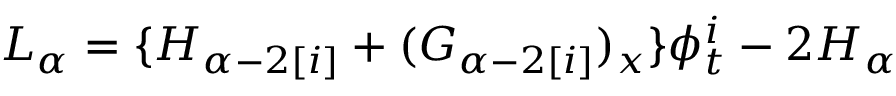
{ \cal L } _ { \alpha } = \{ { \cal H } _ { \alpha - 2 [ i ] } + ( { \cal G } _ { \alpha - 2 [ i ] } ) _ { x } \} \phi _ { t } ^ { i } - 2 { \cal H } _ { \alpha }